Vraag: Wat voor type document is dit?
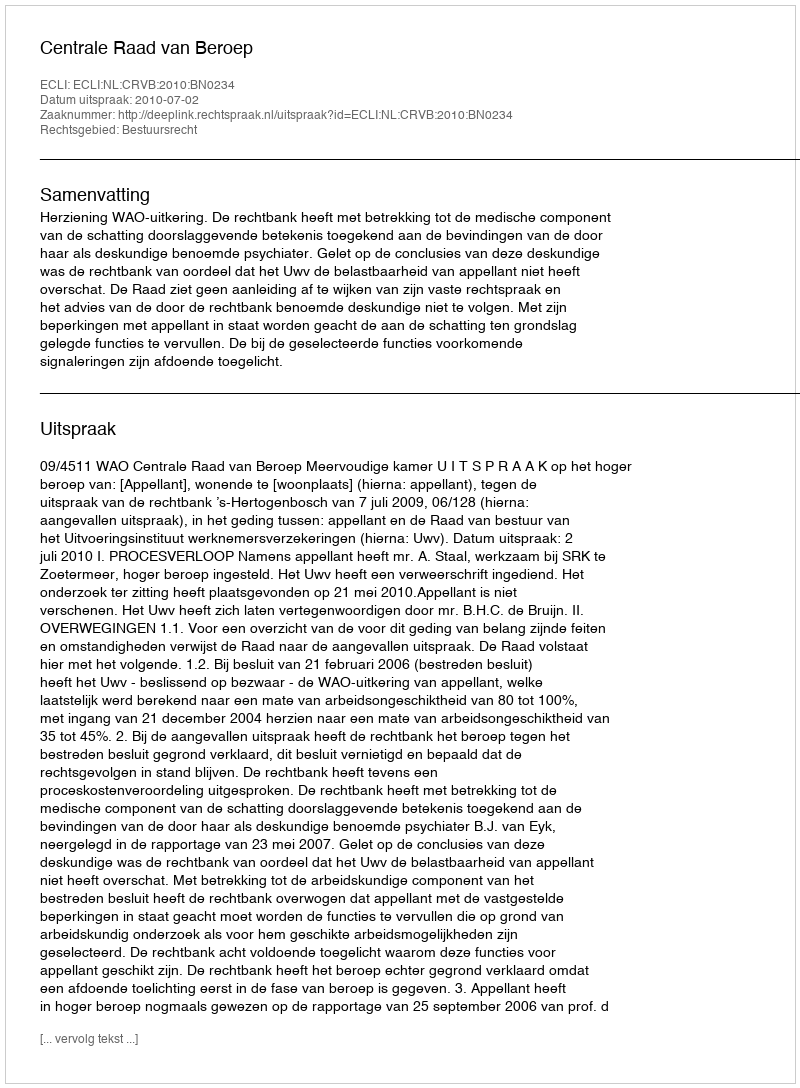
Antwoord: Uitspraak